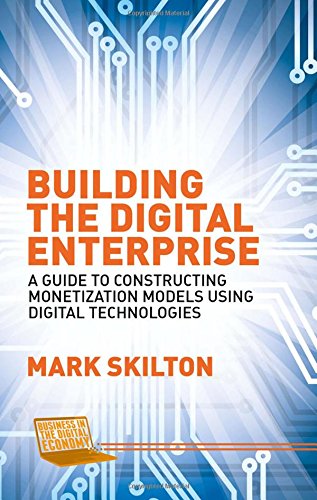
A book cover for Building the Digital Enterprise: A Guide to Constructing Monetization Models Using Digital Technologies (Business in the Digital Economy); Mark Skilton; Business & Money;